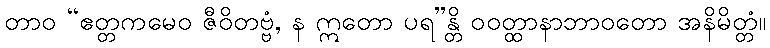
တာဝ “ဧတ္တကမေဝ ဇီဝိတဗ္ဗံ, န ဣတော ပရ”န္တိ ဝဝတ္ထာနာဘာဝတော အနိမိတ္တံ။